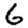
Digit: 6